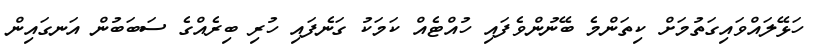
ހަޅޭލައްވައިގަތުމަށް ކިތަންމެ ބޭނުންވެފައި ހުއްޓެއް ކަމަކު ގަނެފައި ހުރި ބިރެއްގެ ސަބަބުން އަނގައިން